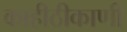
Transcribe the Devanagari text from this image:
काहीठीकाणी